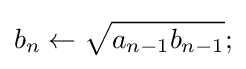
b_{n}\leftarrow {\sqrt {a_{n-1}b_{n-1}}};